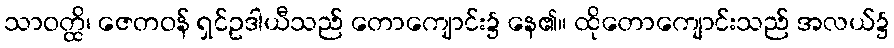
သာဝတ္ထိ၊ ဇေတဝန် ရှင်ဥဒါယီသည် တောကျောင်း၌ နေ၏။ ထိုတောကျောင်းသည် အလယ်၌